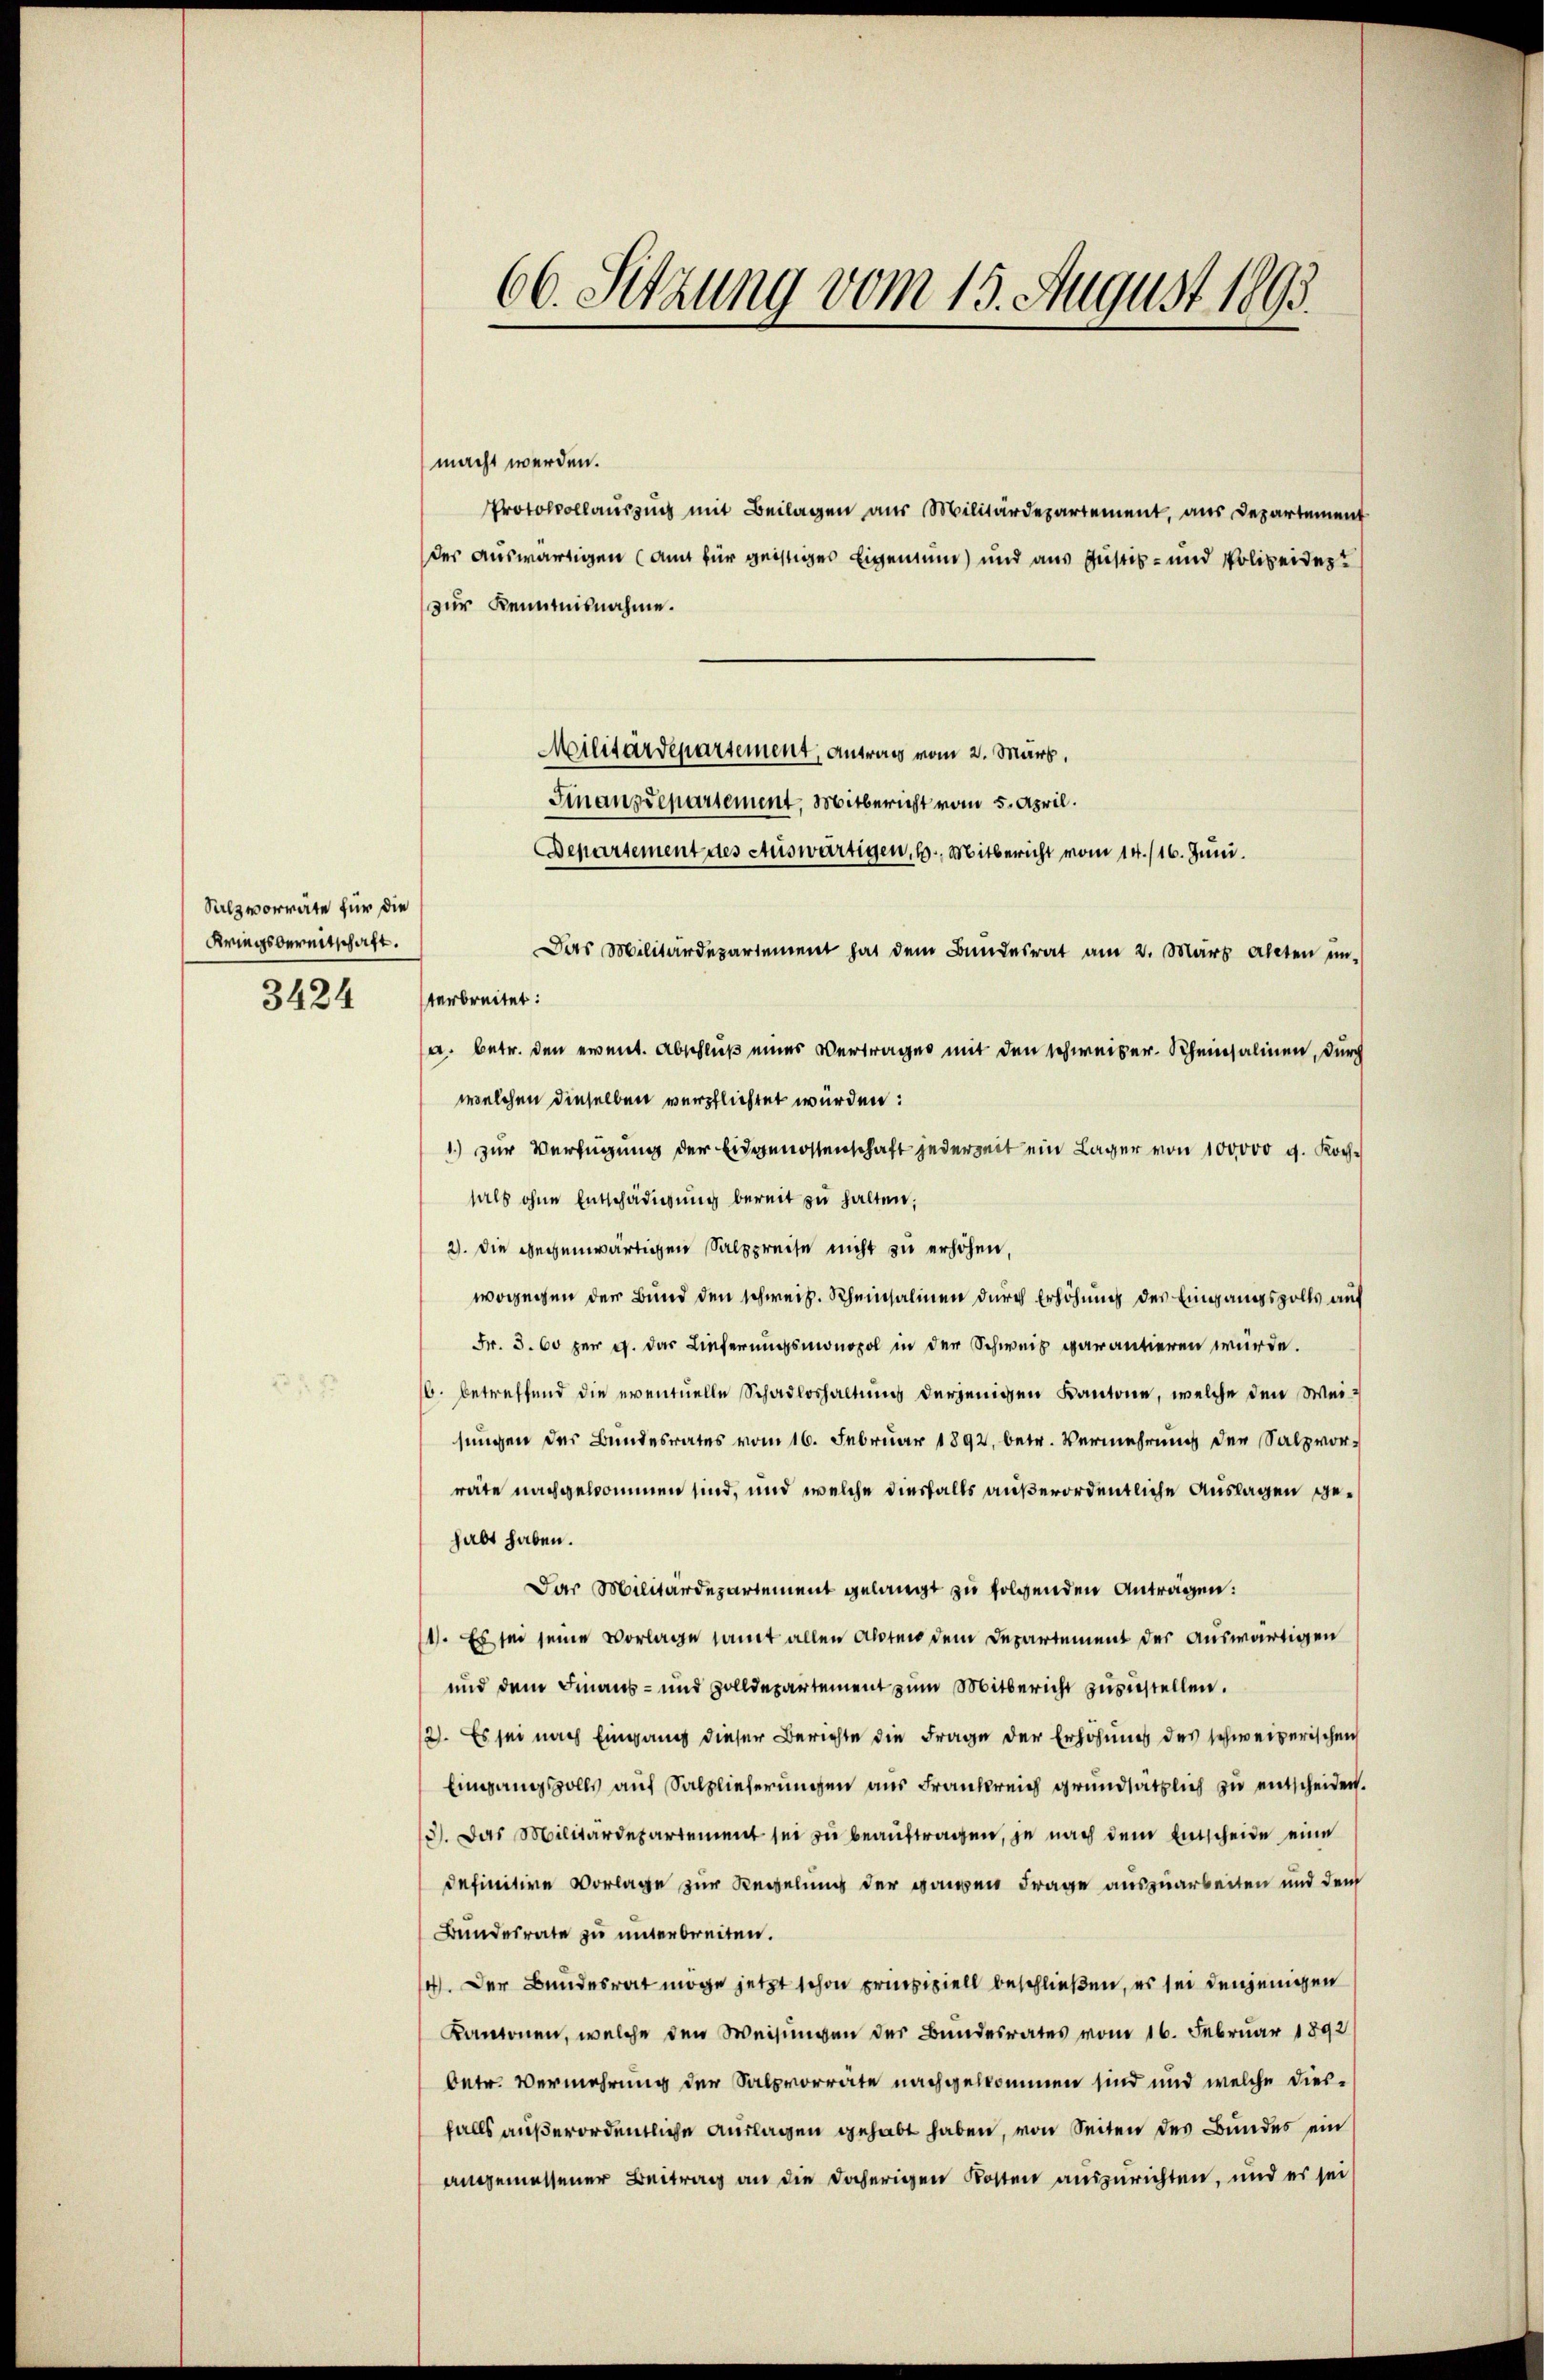
Salzvorrate für die
Kriegsbereitschaft.
3424

66. Sitzung vom 15. August 1893

macht werden.
Protokollauszug mit Beilagen aus Militärdepartement, aus Departement
des auswärtigen (auch für geistiges Eigentum) und aus Justiz- und Polizeiderzur Kenntnisnahme.
Militärdepartement, Antrag vom 2. März,
Finanzdepartement, Mitbericht vom 5. April.
Bepartement des Auswärtigen, 6. Mitbericht vom 14./16. Juni.
Das Militärdepartement hat dem Bundesrat am 2. März allten un-
terbreitet:
a. betr. den event. Abschluß eines Vertrages mit den schweizer. Scheinsalinen, durch
welchen dieselben verpflichtet werden:
1.) zur Verfügung der Eidgenossenschaft jederzeit ein Lager von 100000 g. Kochhals ohne Entschädigŭng bereit zŭ halten;
2). Die gegenwärtigen Salzpreise nicht zu erhöhen,
wogegen der Bund den schweiz. Scheinsalinen durch Erhöhung des Eingangszolls auf
Fr. 3. 60 per c. das Lieferungsmonopol in der Schweiz garantieren würde.
16. betreffend die eventuelle Schadloshaltung derjenigen Kantone, welche den Weisungen des Bundesrates vom 16. Februar 1892, betr. Vermehrung der Salzvorräte nachgekommen sind, und welche diesfalls außerordentliche Auslagen gehabt haben.
Das Militärdepartement gelangt zu folgenden Antragen:
1). Es sei seine Vorlage samt allen Absten dem Departement der auswärtigen
und dem Finaus- und Zolldepartement zum Mitbericht zuzustellen.
12. Es sei nach Eingang dieser Berichte die Frage der Erhöhunis des schweizerischen
Eingangsvolls auf Salzlieferungen aus Frankreich grundsätzlich zu entscheiden.
5). Das Militärdepartement sei zŭ beaŭftragen, je nach dem Entscheide eine
definitive Vorlage zur Regelung der ganzen Frage auszuarbeiten und dem
Bundesrate zu unterbreiten.
14. Der Bundesrat möge jetzt schon prinzipiell beschließen, es sei denjenigen
Kantonen, welche den Weisungen der Bundesrates vom 16. Februar 1892
Oetr. Vermehrung der Salzvorräte nachgekommen sind und welche diesfalls außerordentliche Auslagen gehabt haben, von Seiten des Bundes ein
angemessener Beitrag an die daherigen Kosten auszurichten, und es sei